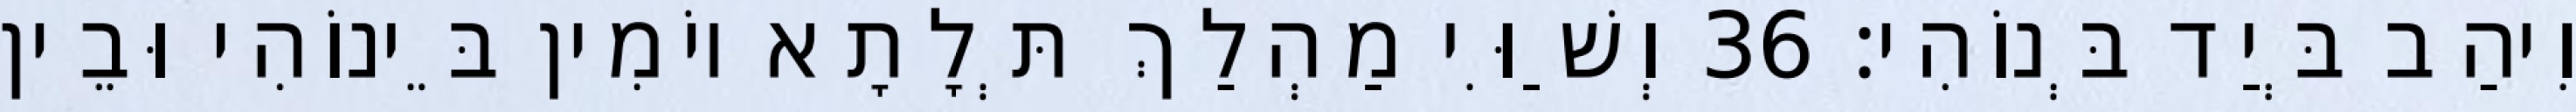
וִיהַב בְּיַד בְּנוֹהִי׃ 36 וְשַׁוִּי מַהְלַךְ תְּלָתָא יוֹמִין בֵּינוֹהִי וּבֵין